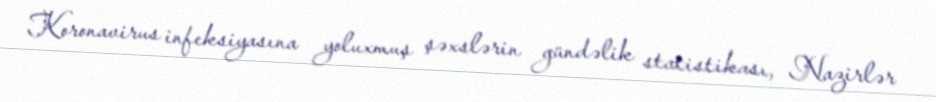
Koronavirus infeksiyasına yoluxmuş şəxslərin gündəlik statistikası, Nazirlər